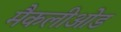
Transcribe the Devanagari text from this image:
मैकलीओड